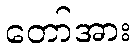
တော်အား